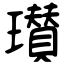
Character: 瓉